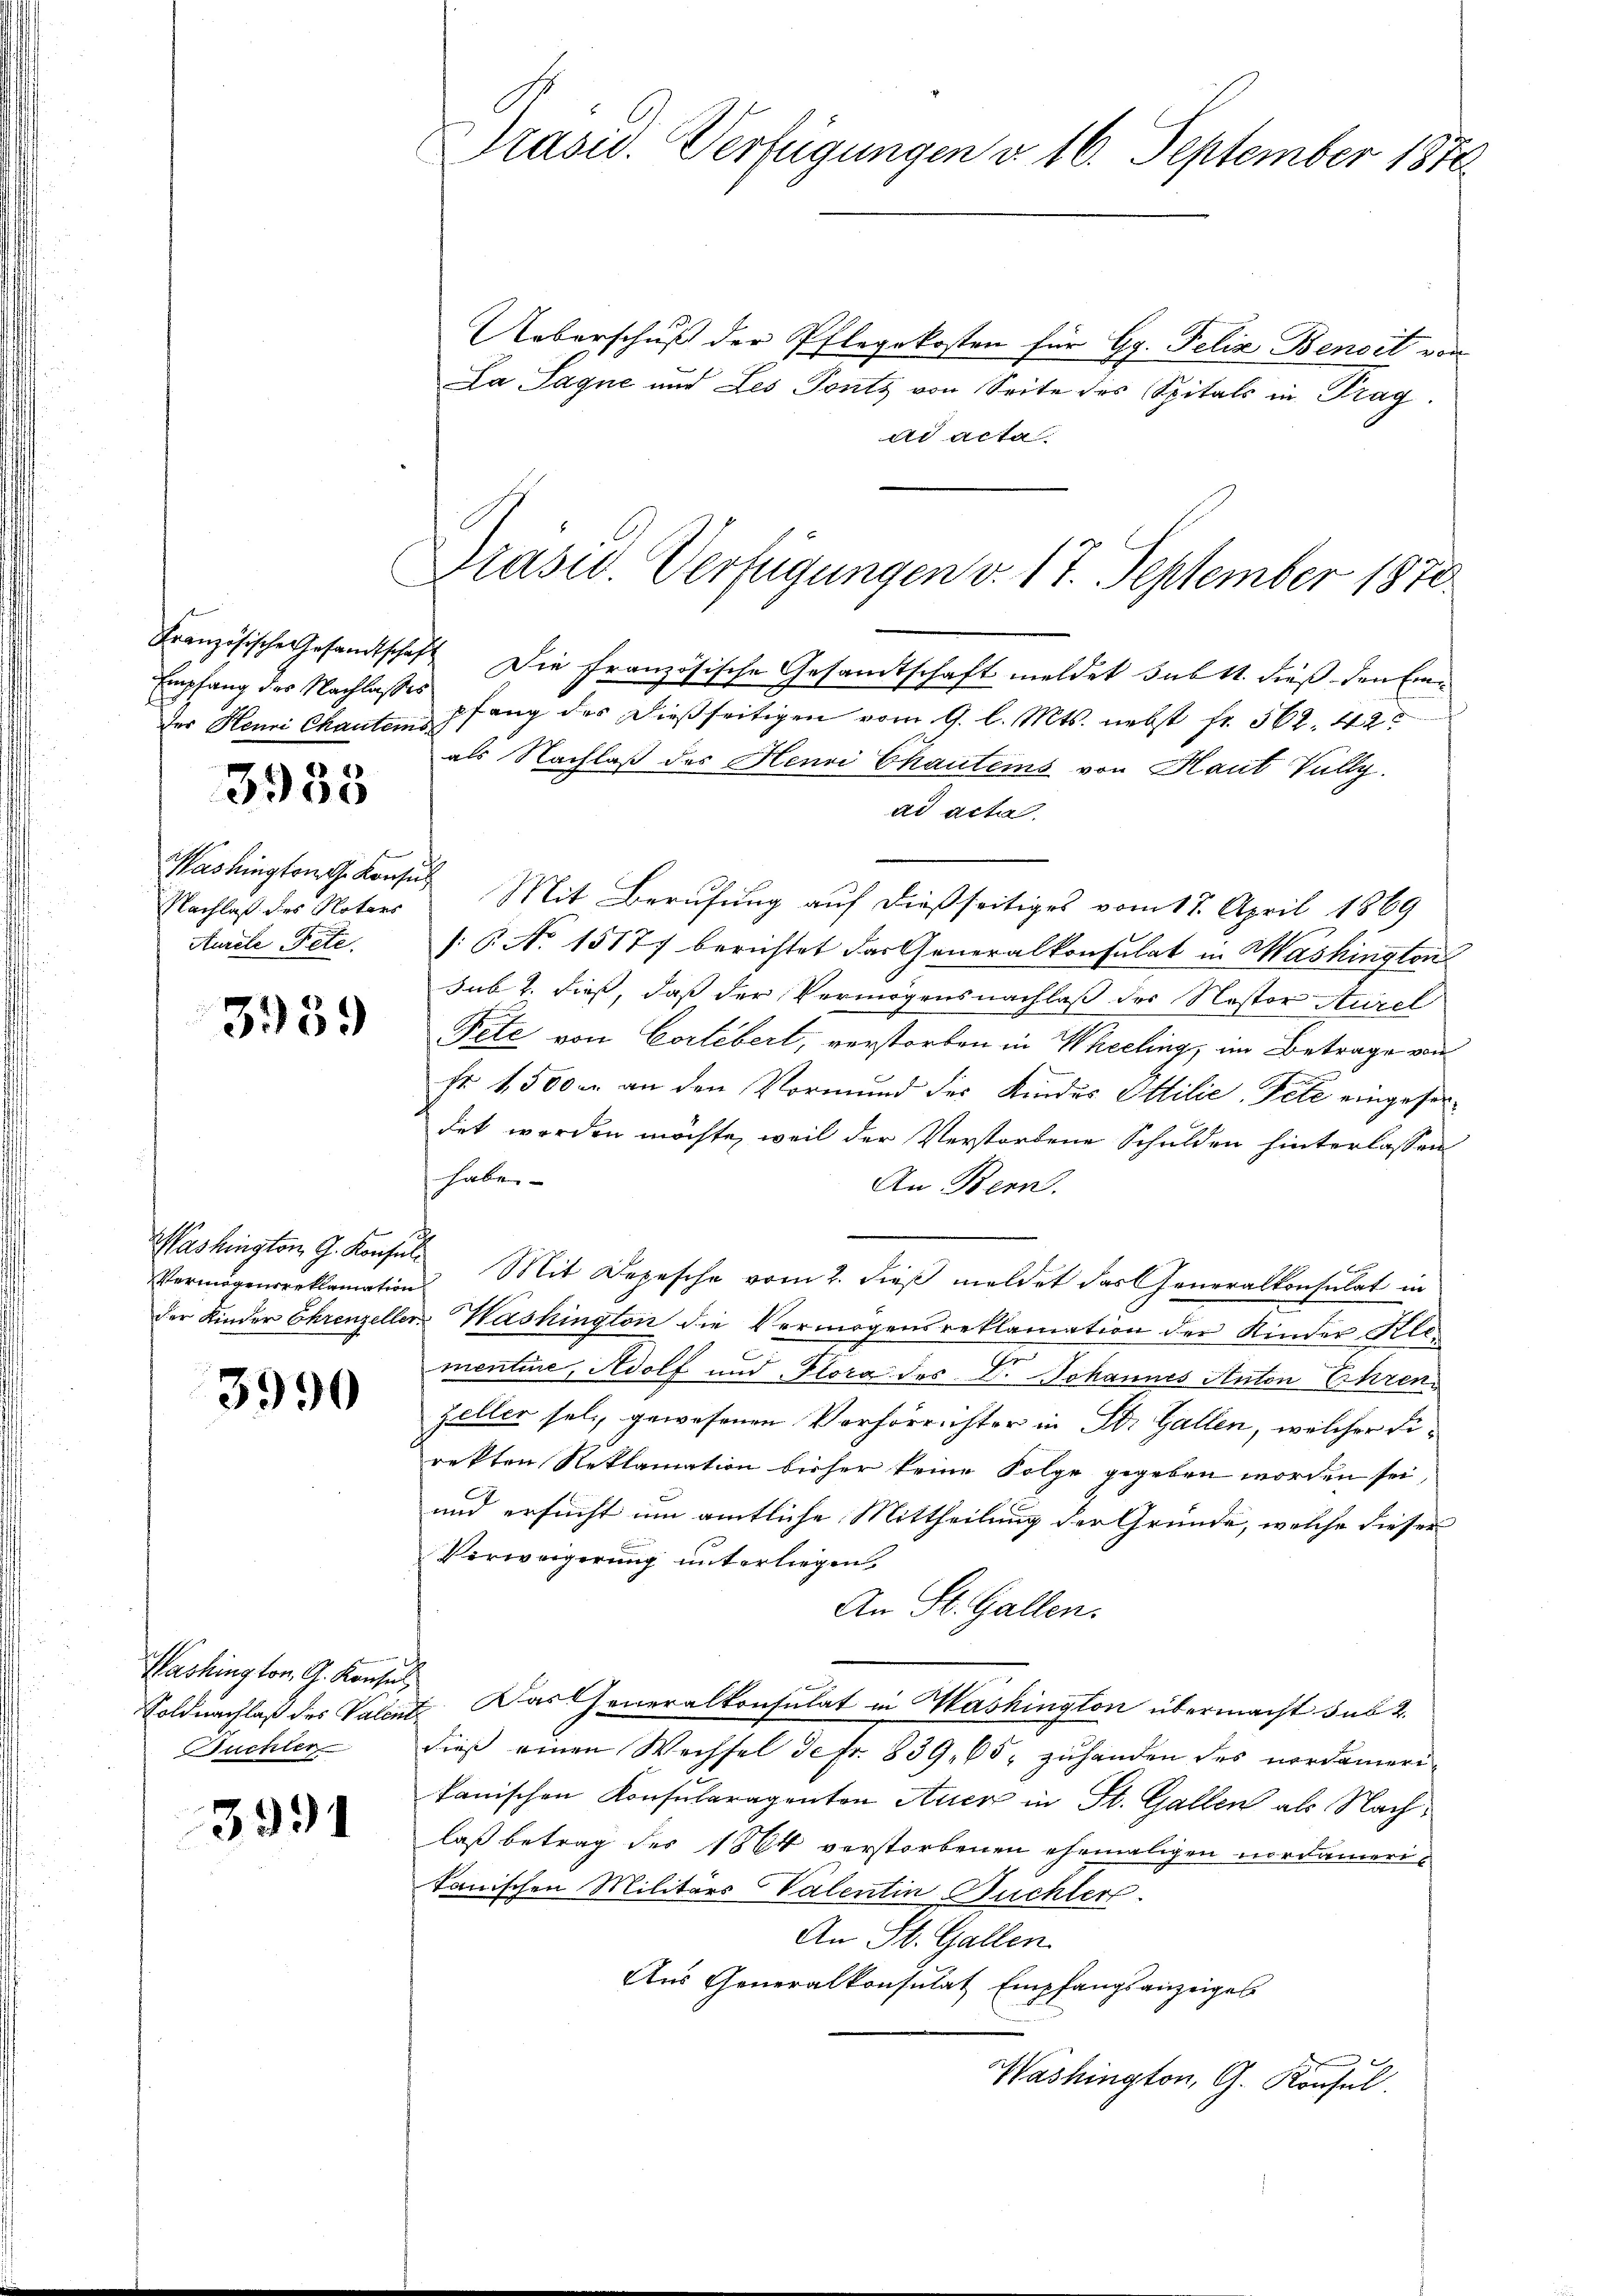
Empfang des Nachlasses

3938

Washington G. Konsul
Nachlaß des Notars
Aurele Pete

359)

Washington G. Konsul

3990

Washington, G. Konsul
Soldnachlaß des Valent.
Suchter

3991

Präsid. Verfügungen d. 16. September 1876

Ueberschuß der Pflegekosten für Gg. Felix Benoit vor
La Sague und Les Ponts von Seite des Spitals in Prag.
ad acta

Präsid. Verfügungen v. 17. September 1870

Französische Gesandtschaft Die französische Gesandtschaft meldet sub 11. dieß den Einder Henri Chanten pfang des dießseitigen vom 9. l. Mts. nebst fr. 562. 42
als Nachlaß des Henri Chauteins von Haut Vally.
ad acta.
Mit Berufung auf dießseitiges vom 17. April 1869
: 6. No. 15177 berichtet das Generalkonsulat in Washington
sub 2. dieß, daß der Vermögensnachlaß der Nastor Aurel
Pete von Corlebert, verstorben in Weeling, im Betrage von
sr 1500. an den Vormund des Kindes Stilie, Fete eingeferdet worden möchte, weil der Verstorbene Schulden hinterlassen
haben.
An Bern.
n
Vermögensreklamation. Mit Depesche vom 2. dieβ meldet das Generalkonsulat in
der Kinder Ehrenzeller Washington die Vermögensreklamation der Kinder Klementie, Adolf und Flora des Dr. Johannes Anton Ehren
Zeller sel., gewesenen Verhörrichter in Dr. Gallen, welcher Firekten Reklamation bisher keine Folge gegeben worden sei,
und ersucht um amtliche Mittheilung der Gründe, welche dieser
Verweigerung unterliegen.
An St. Gallen.
e
 Das Generalkonsulat in Washington übermacht sub 2
dieß einen Wechsel de fr. 839, 65 zuhanden des nordamerikanischen Konsularagenten Auer in St. Gallen als Nachlaß betrag des 1864 verstorbenen ehemaligen nordameritanischen Militärs Valentin Büchler.
An St. Gallen.
Aus Generalkonsulat Empfangsanzeiges
Washington, G. Konsul